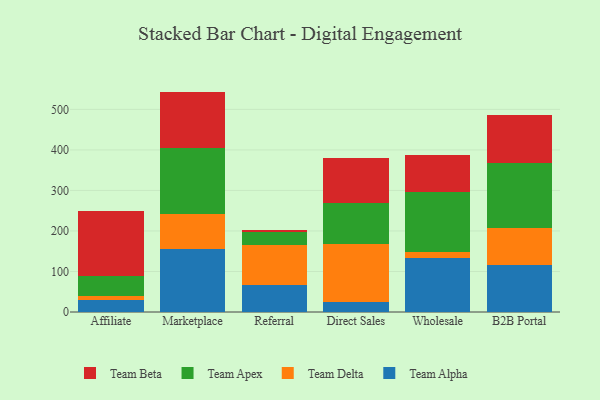
{"axis": {"x": "Channel", "y": "Revenue (USD Million)"}, "legend": ["Team Alpha", "Team Apex", "Team Beta", "Team Delta"], "data": [{"x": "Affiliate", "y": 29.1, "type": "Team Alpha"}, {"x": "Affiliate", "y": 10.3, "type": "Team Delta"}, {"x": "Affiliate", "y": 48.7, "type": "Team Apex"}, {"x": "Affiliate", "y": 160.6, "type": "Team Beta"}, {"x": "Marketplace", "y": 155.0, "type": "Team Alpha"}, {"x": "Marketplace", "y": 87.1, "type": "Team Delta"}, {"x": "Marketplace", "y": 161.6, "type": "Team Apex"}, {"x": "Marketplace", "y": 140.2, "type": "Team Beta"}, {"x": "Referral", "y": 66.7, "type": "Team Alpha"}, {"x": "Referral", "y": 99.1, "type": "Team Delta"}, {"x": "Referral", "y": 32.4, "type": "Team Apex"}, {"x": "Referral", "y": 5.0, "type": "Team Beta"}, {"x": "Direct Sales", "y": 24.7, "type": "Team Alpha"}, {"x": "Direct Sales", "y": 143.4, "type": "Team Delta"}, {"x": "Direct Sales", "y": 100.3, "type": "Team Apex"}, {"x": "Direct Sales", "y": 112.4, "type": "Team Beta"}, {"x": "Wholesale", "y": 133.9, "type": "Team Alpha"}, {"x": "Wholesale", "y": 13.0, "type": "Team Delta"}, {"x": "Wholesale", "y": 149.7, "type": "Team Apex"}, {"x": "Wholesale", "y": 91.6, "type": "Team Beta"}, {"x": "B2B Portal", "y": 117.1, "type": "Team Alpha"}, {"x": "B2B Portal", "y": 90.1, "type": "Team Delta"}, {"x": "B2B Portal", "y": 160.7, "type": "Team Apex"}, {"x": "B2B Portal", "y": 118.0, "type": "Team Beta"}]}